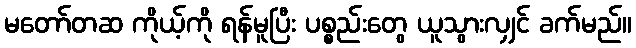
မတော်တဆ ကိုယ့်ကို ရန်မူပြီး ပစ္စည်းတွေ ယူသွားလျှင် ခက်မည်။